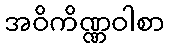
အဝိကိဏ္ဏဝါစာ